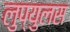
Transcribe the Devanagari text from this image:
लुप्युलस